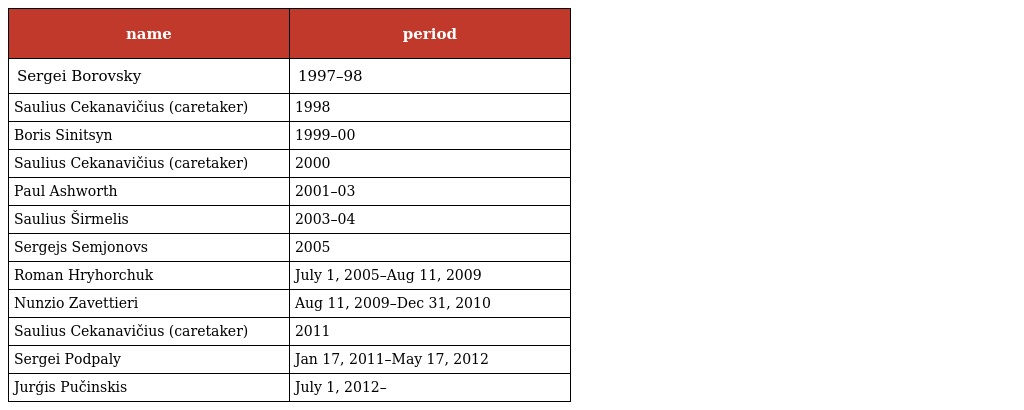
| name | period |
 | --- | --- |
 | Sergei Borovsky | 1997–98 |
 | Saulius Cekanavičius (caretaker) | 1998 |
 | Boris Sinitsyn | 1999–00 |
 | Saulius Cekanavičius (caretaker) | 2000 |
 | Paul Ashworth | 2001–03 |
 | Saulius Širmelis | 2003–04 |
 | Sergejs Semjonovs | 2005 |
 | Roman Hryhorchuk | July 1, 2005–Aug 11, 2009 |
 | Nunzio Zavettieri | Aug 11, 2009–Dec 31, 2010 |
 | Saulius Cekanavičius (caretaker) | 2011 |
 | Sergei Podpaly | Jan 17, 2011–May 17, 2012 |
 | Jurģis Pučinskis | July 1, 2012– |